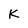
Character: K